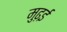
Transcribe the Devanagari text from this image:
मुढ़ई